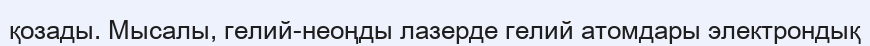
қозады. Мысалы, гелий-неоңды лазерде гелий атомдары электрондық